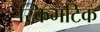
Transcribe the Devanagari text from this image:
स्किमटिक